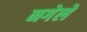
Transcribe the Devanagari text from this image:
नगेले